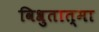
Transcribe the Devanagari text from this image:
विश्रुतात्मा